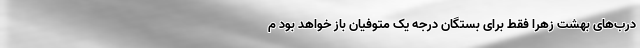
درب‌های بهشت زهرا فقط برای بستگان درجه یک متوفیان باز خواهد بود م